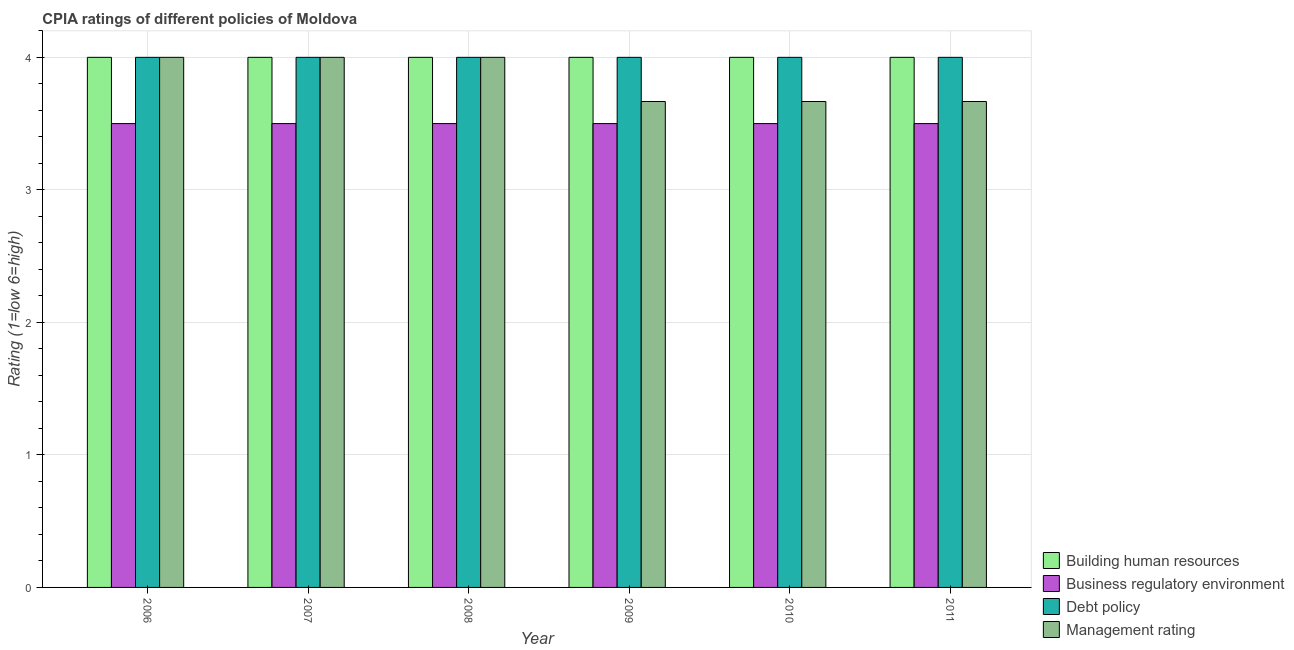
| Year | Building human resources | Business regulatory environment | Debt policy | Management rating |
 | --- | --- | --- | --- | --- |
 | 2006 | 4 | 3.5 | 4 | 4 |
 | 2007 | 4 | 3.5 | 4 | 4 |
 | 2008 | 4 | 3.5 | 4 | 4 |
 | 2009 | 4 | 3.5 | 4 | 3.67 |
 | 2010 | 4 | 3.5 | 4 | 3.67 |
 | 2011 | 4 | 3.5 | 4 | 3.67 |